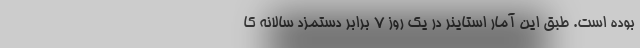
بوده است. طبق این آمار استاینر در یک روز ۷ برابر دستمزد سالانه کا